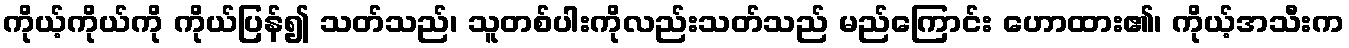
ကိုယ့်ကိုယ်ကို ကိုယ်ပြန်၍ သတ်သည်၊ သူတစ်ပါးကိုလည်းသတ်သည် မည်ကြောင်း ဟောထား၏၊ ကိုယ့်အသီးက